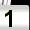
Digit: 1